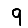
Digit: 9